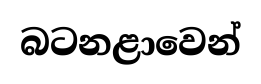
බටනළාවෙන්